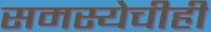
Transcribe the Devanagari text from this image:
समस्येचीही